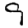
Digit: 9